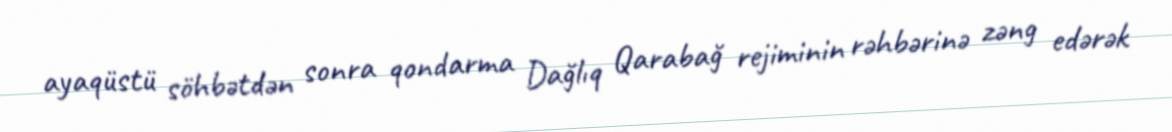
ayaqüstü söhbətdən sonra qondarma Dağlıq Qarabağ rejiminin rəhbərinə zəng edərək